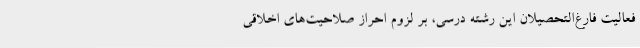
فعالیت فارغ‌التحصیلان این رشته درسی، بر لزوم احراز صلاحیت‌های اخلاقی